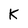
Character: K